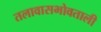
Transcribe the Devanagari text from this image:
तलावासभोवताली